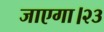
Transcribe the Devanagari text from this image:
जाएगा।२३